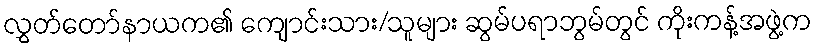
လွှတ်တော်နာယက၏ ကျောင်းသား/သူများ ဆွမ်ပရာဘွမ်တွင် ကိုးကန့်အဖွဲ့က